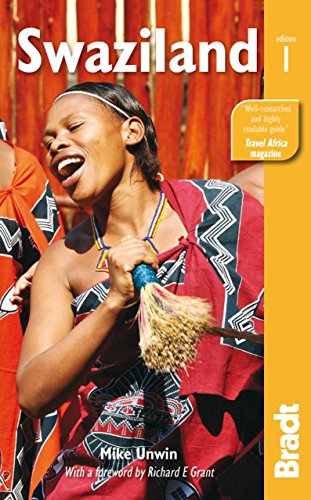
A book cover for Swaziland (Bradt Travel Guide); Mike Unwin; Travel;